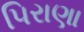
પિરાણા